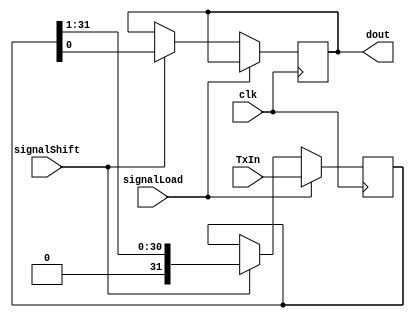
module ShiftBuf0Reg(clk,signalShift,signalLoad,TxIn,dout);

output dout;
reg dout;

input [31:0]TxIn;
input signalShift;
input signalLoad;
input clk;

reg [31:0]data;

always@(posedge clk)
begin
if(signalLoad)
  data <= TxIn;
else if(signalShift)
 begin
   dout <= data[0];
   data <= {1'b0,data[31:1]};
 end
end
endmodule